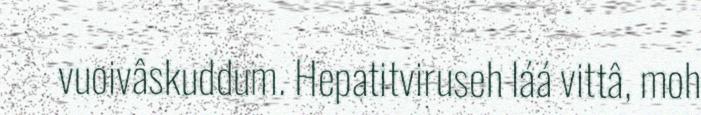
vuoivâskuddum. Hepatitviruseh láá vittâ, moh